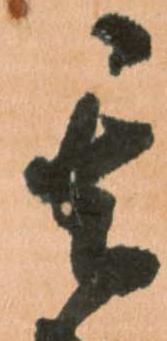
其